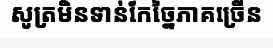
សូត្រមិនទាន់កែច្នៃភាគច្រើន